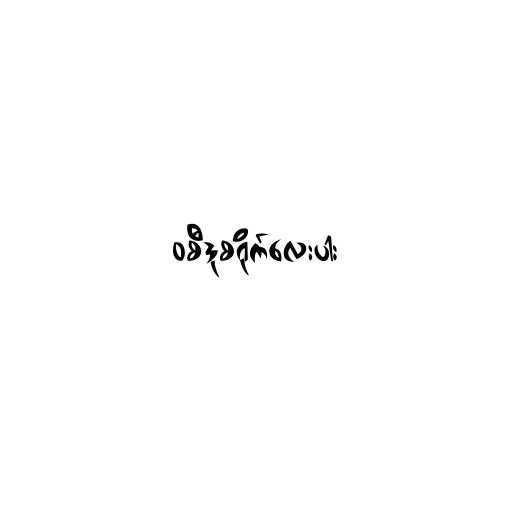
၀စီဒုစရိုက်လေးပါး